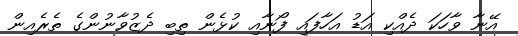
އޭނާ ވާހަކަ ދެއްކި އަޑު އަހާފައި ފޯނާއި ކުޅެން ތިބި ދެޒުވާނުންގެ ތެރެއިން